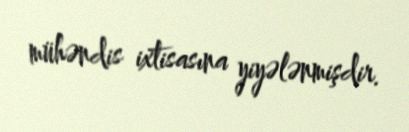
mühəndis ixtisasına yiyələnmişdir.